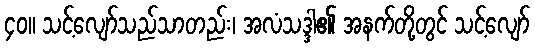
၄၀။ သင့်လျော်သည်သာတည်း၊ အလံသဒ္ဒါ၏ အနက်တို့တွင် သင့်လျော်